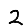
Digit: 2